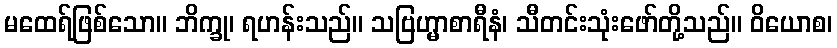
မထေရ်ဖြစ်သော။ ဘိက္ခု၊ ရဟန်းသည်။ သဗြဟ္မာစာရီနံ၊ သီတင်းသုံးဖော်တို့သည်။ ဝိယောစ၊